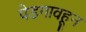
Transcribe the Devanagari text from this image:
पेडगावहून